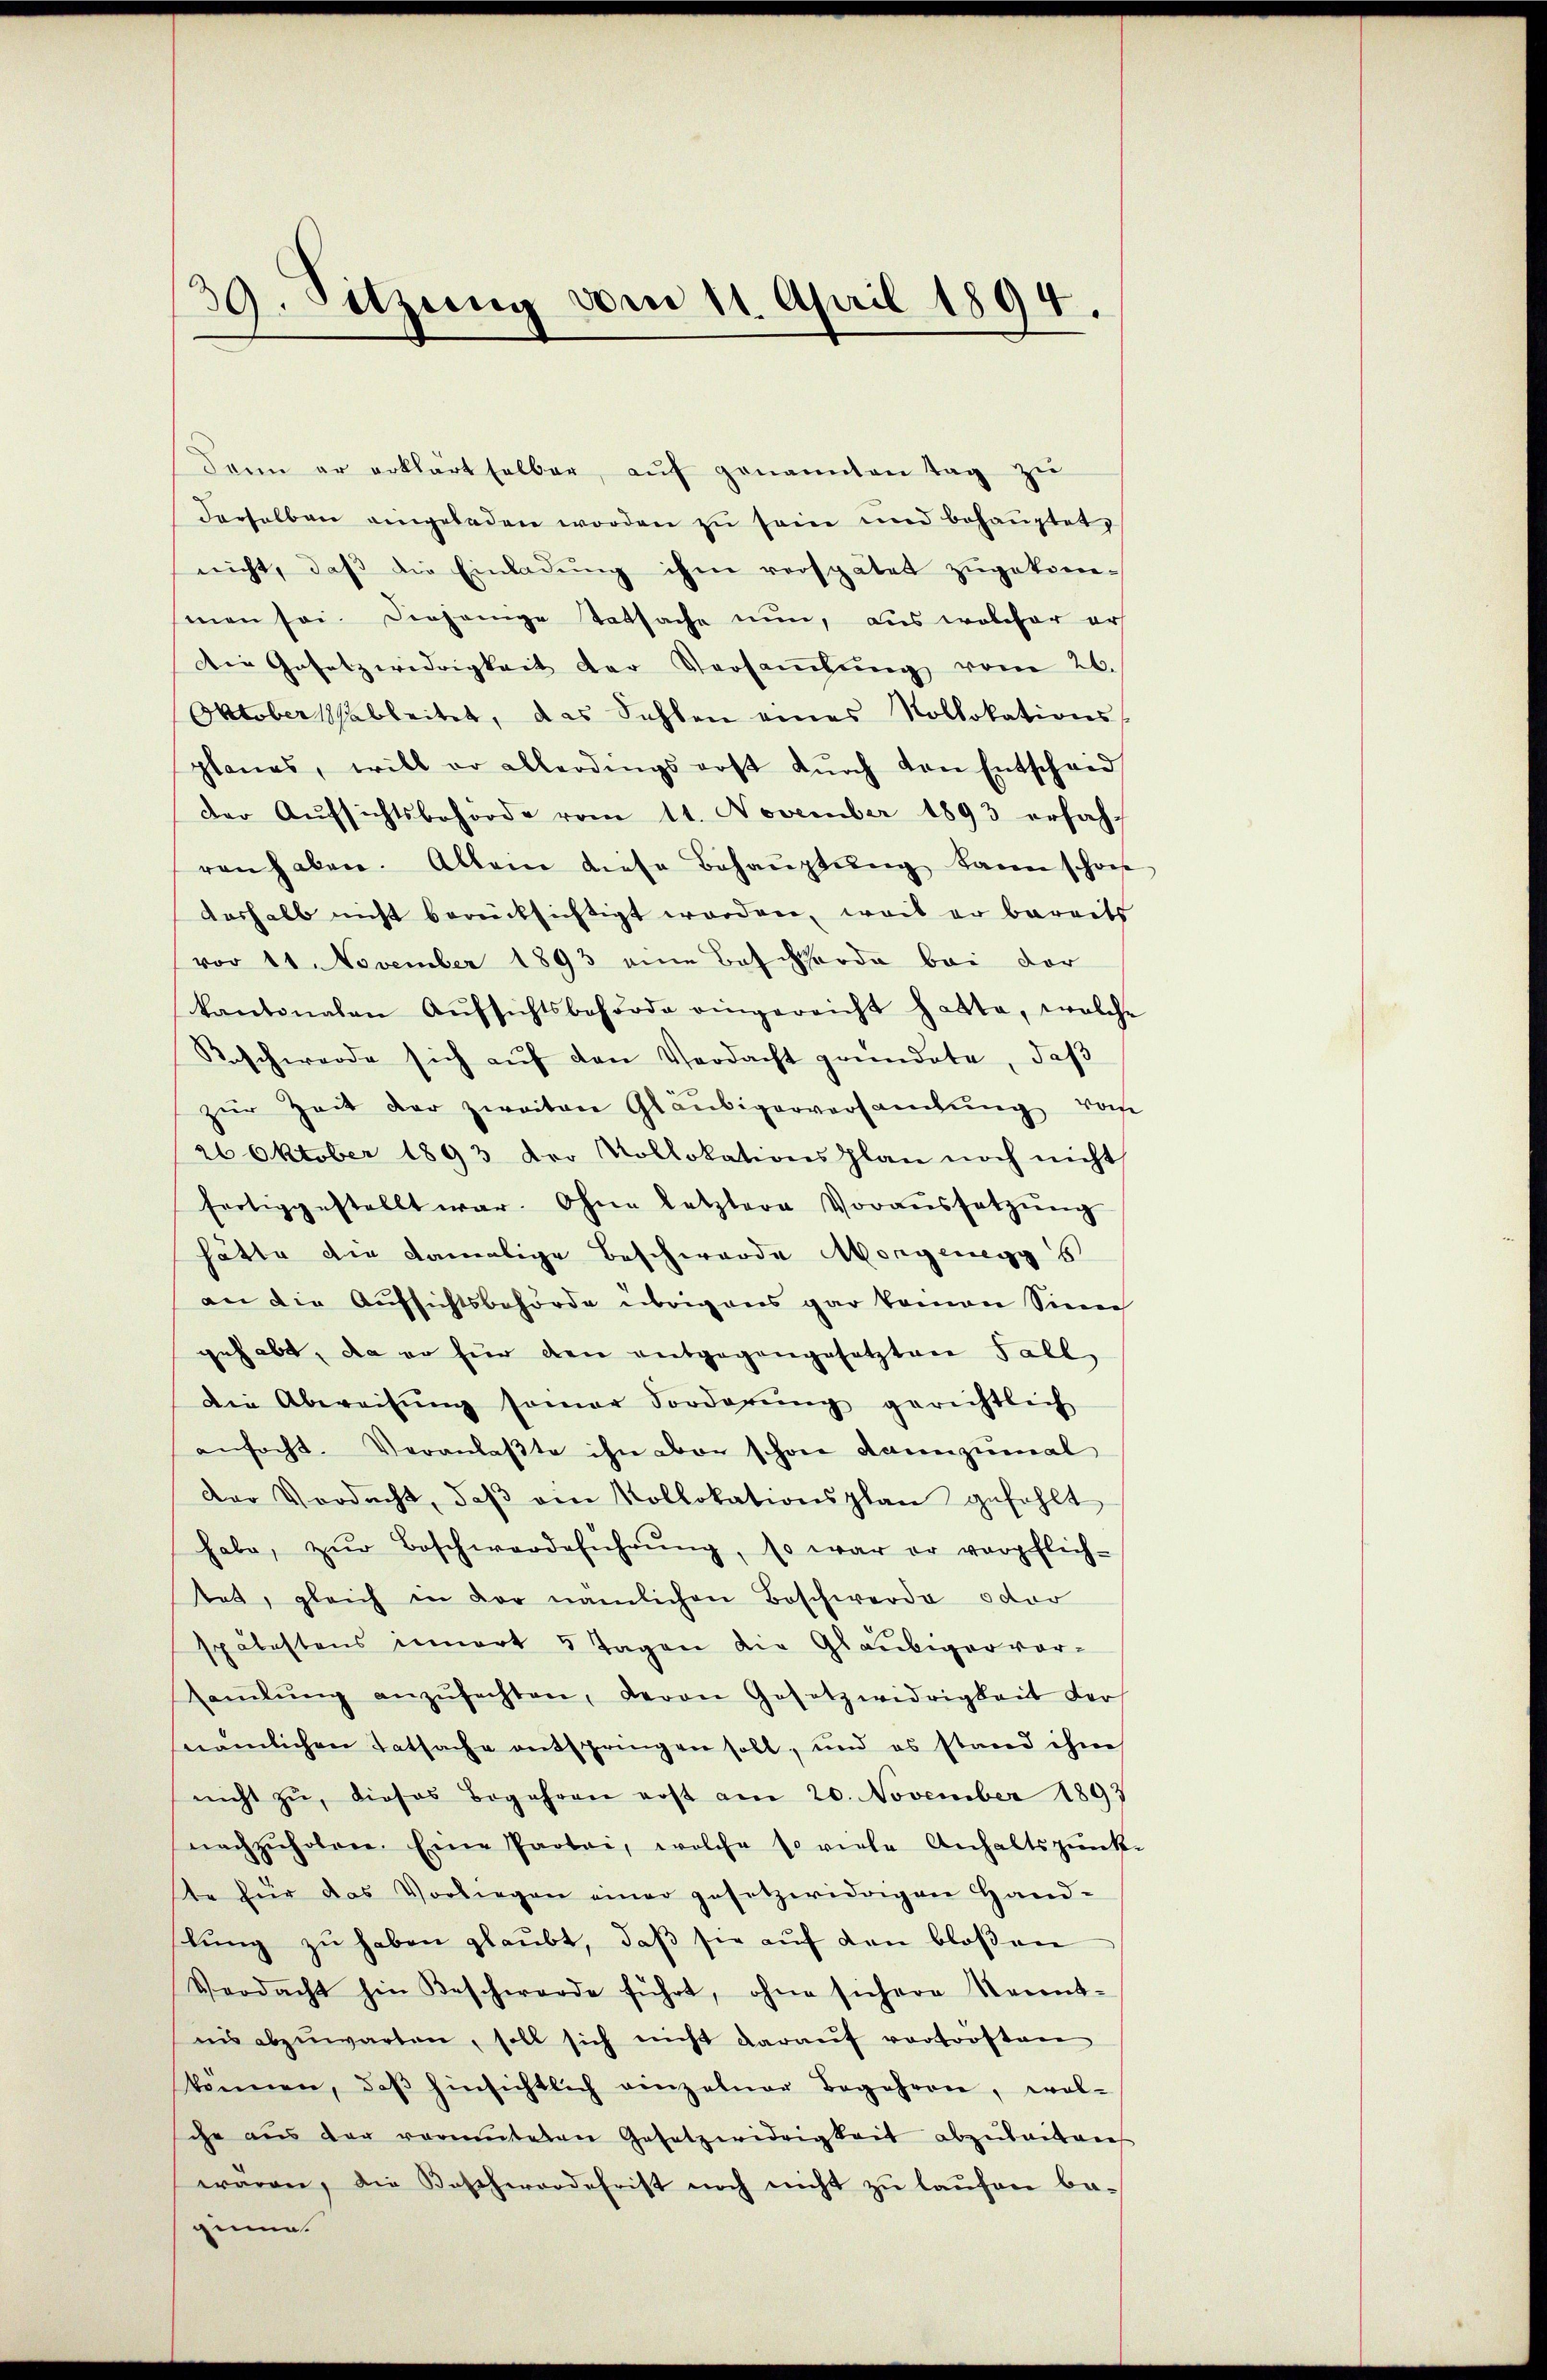
39. Sitzung vom 11. April 1894.
0

dann er erklärt selben aŭf genannten Tag zŭ
u
derselben angeladen worden zŭ sein und behaŭptet,
nicht, daβ die Einladŭng ihm verspätet zŭgekom-
men sei. Derjenige Tatsache nun, aus welcher ers
Die Gesetzwidrigkeit der Versaṁlŭng vom 26.
Oktoberhableitet, das Fehlen eines Kollokations-
planas, will er allerdings erst dŭrch von Entscheid
der Aŭfsichtsbehörde vom 11. November 1893 erfahren haben. Allein diese Behaŭptŭng kann schon
doshalb nicht berücksichtigt worden, weis er bereits
vor 14. November 1893 eine Beschwerde bei der
kantonalen Aŭfsichtsbehörde eingereicht hatte, welche
Beschwerde sich aŭf den Verdacht gründete, daβ
zŭr Zeit der zweiten Gläubigerversaṁlŭng, wose
26 Oktober 1893 der Kollokationsplan noch nicht
fertiggestellt war. Ohne letztere Voraŭssetzŭng
hätte die damalige Beschwerde Morgenegg s
an die Aufsichtsbehörde übrigens gar kamen Sinn
gehabt, da er hier den entgegangesetzten Fall
Die Abweisŭng somar Forderŭng gerichtlich
anfsacht. Veranlaβte ihn aber schon dannzumal
Der Verdacht, daβ ein Kollokationsplan gefehlt
habe, zŭr Beschwerdeführŭng, so war er verpflich-
Rat, gleich in der nämlichen Beschwerde oder
spätestens innert 5 Tagen die Gläubiger vor-
saṁlŭng anzŭfechten, deron Gesetzwidrigkeit der
nämlichen Tatsache entspringen soll, und es stand ihne
nicht zŭ, dieses Begehren erst am 20. November 1893
nachzŭholen. Eine Partei, welche so viele Anhaltspunk-
ste für das Vorliegen einer gesetzwidrigen Hand-
lŭng zŭ haben glaubt, daβ sie auf den bloßen
Verdacht hin Beschwerde führt, ohne sichere Kennt-
nis abzŭwarten, soll sich nicht daraŭf vorforsten
können, daβ hinsichtlich einzelner Begehren, wol-
che aus der vermuteten Gesetzwidrigkeit abzŭbaitans
waren, die Bescherordefrist noch nicht zŭ laŭfen be-
gie.